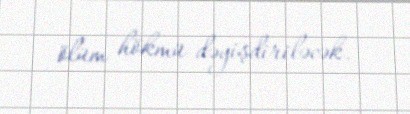
ölüm hökmü dəyişdiriləcək.